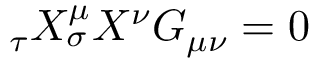
\do _ { \tau } X ^ { \mu } \do _ { \sigma } X ^ { \nu } G _ { \mu \nu } = 0